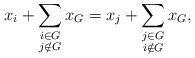
LaTeX: \begin{align*}x_{i}+\sum_{\substack{i \in G \\ j \notin G}} x_G=x_{j}+\sum_{\substack{j \in G \\ i \notin G}} x_G,\end{align*}